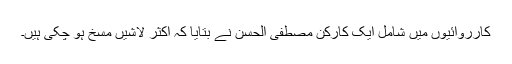
کارروائیوں میں شامل ایک کارکن مصطفیٰ الحسن نے بتایا کہ اکثر لاشیں مسخ ہو چکی ہیں۔